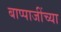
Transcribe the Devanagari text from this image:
बाप्पाजींच्या